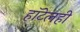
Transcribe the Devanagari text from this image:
हॉटेलही